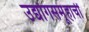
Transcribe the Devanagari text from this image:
उद्योगसमूहाचीं